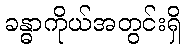
ခန္ဓာကိုယ်အတွင်းရှိ